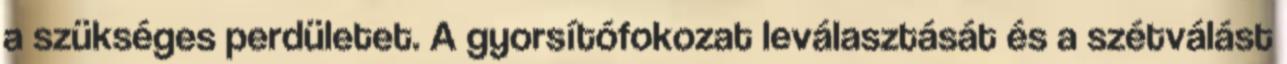
a szükséges perdületet. A gyorsítófokozat leválasztását és a szétválást